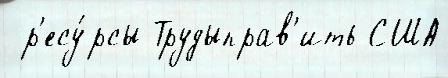
 р'есу́рсы Трудыправ'ить США